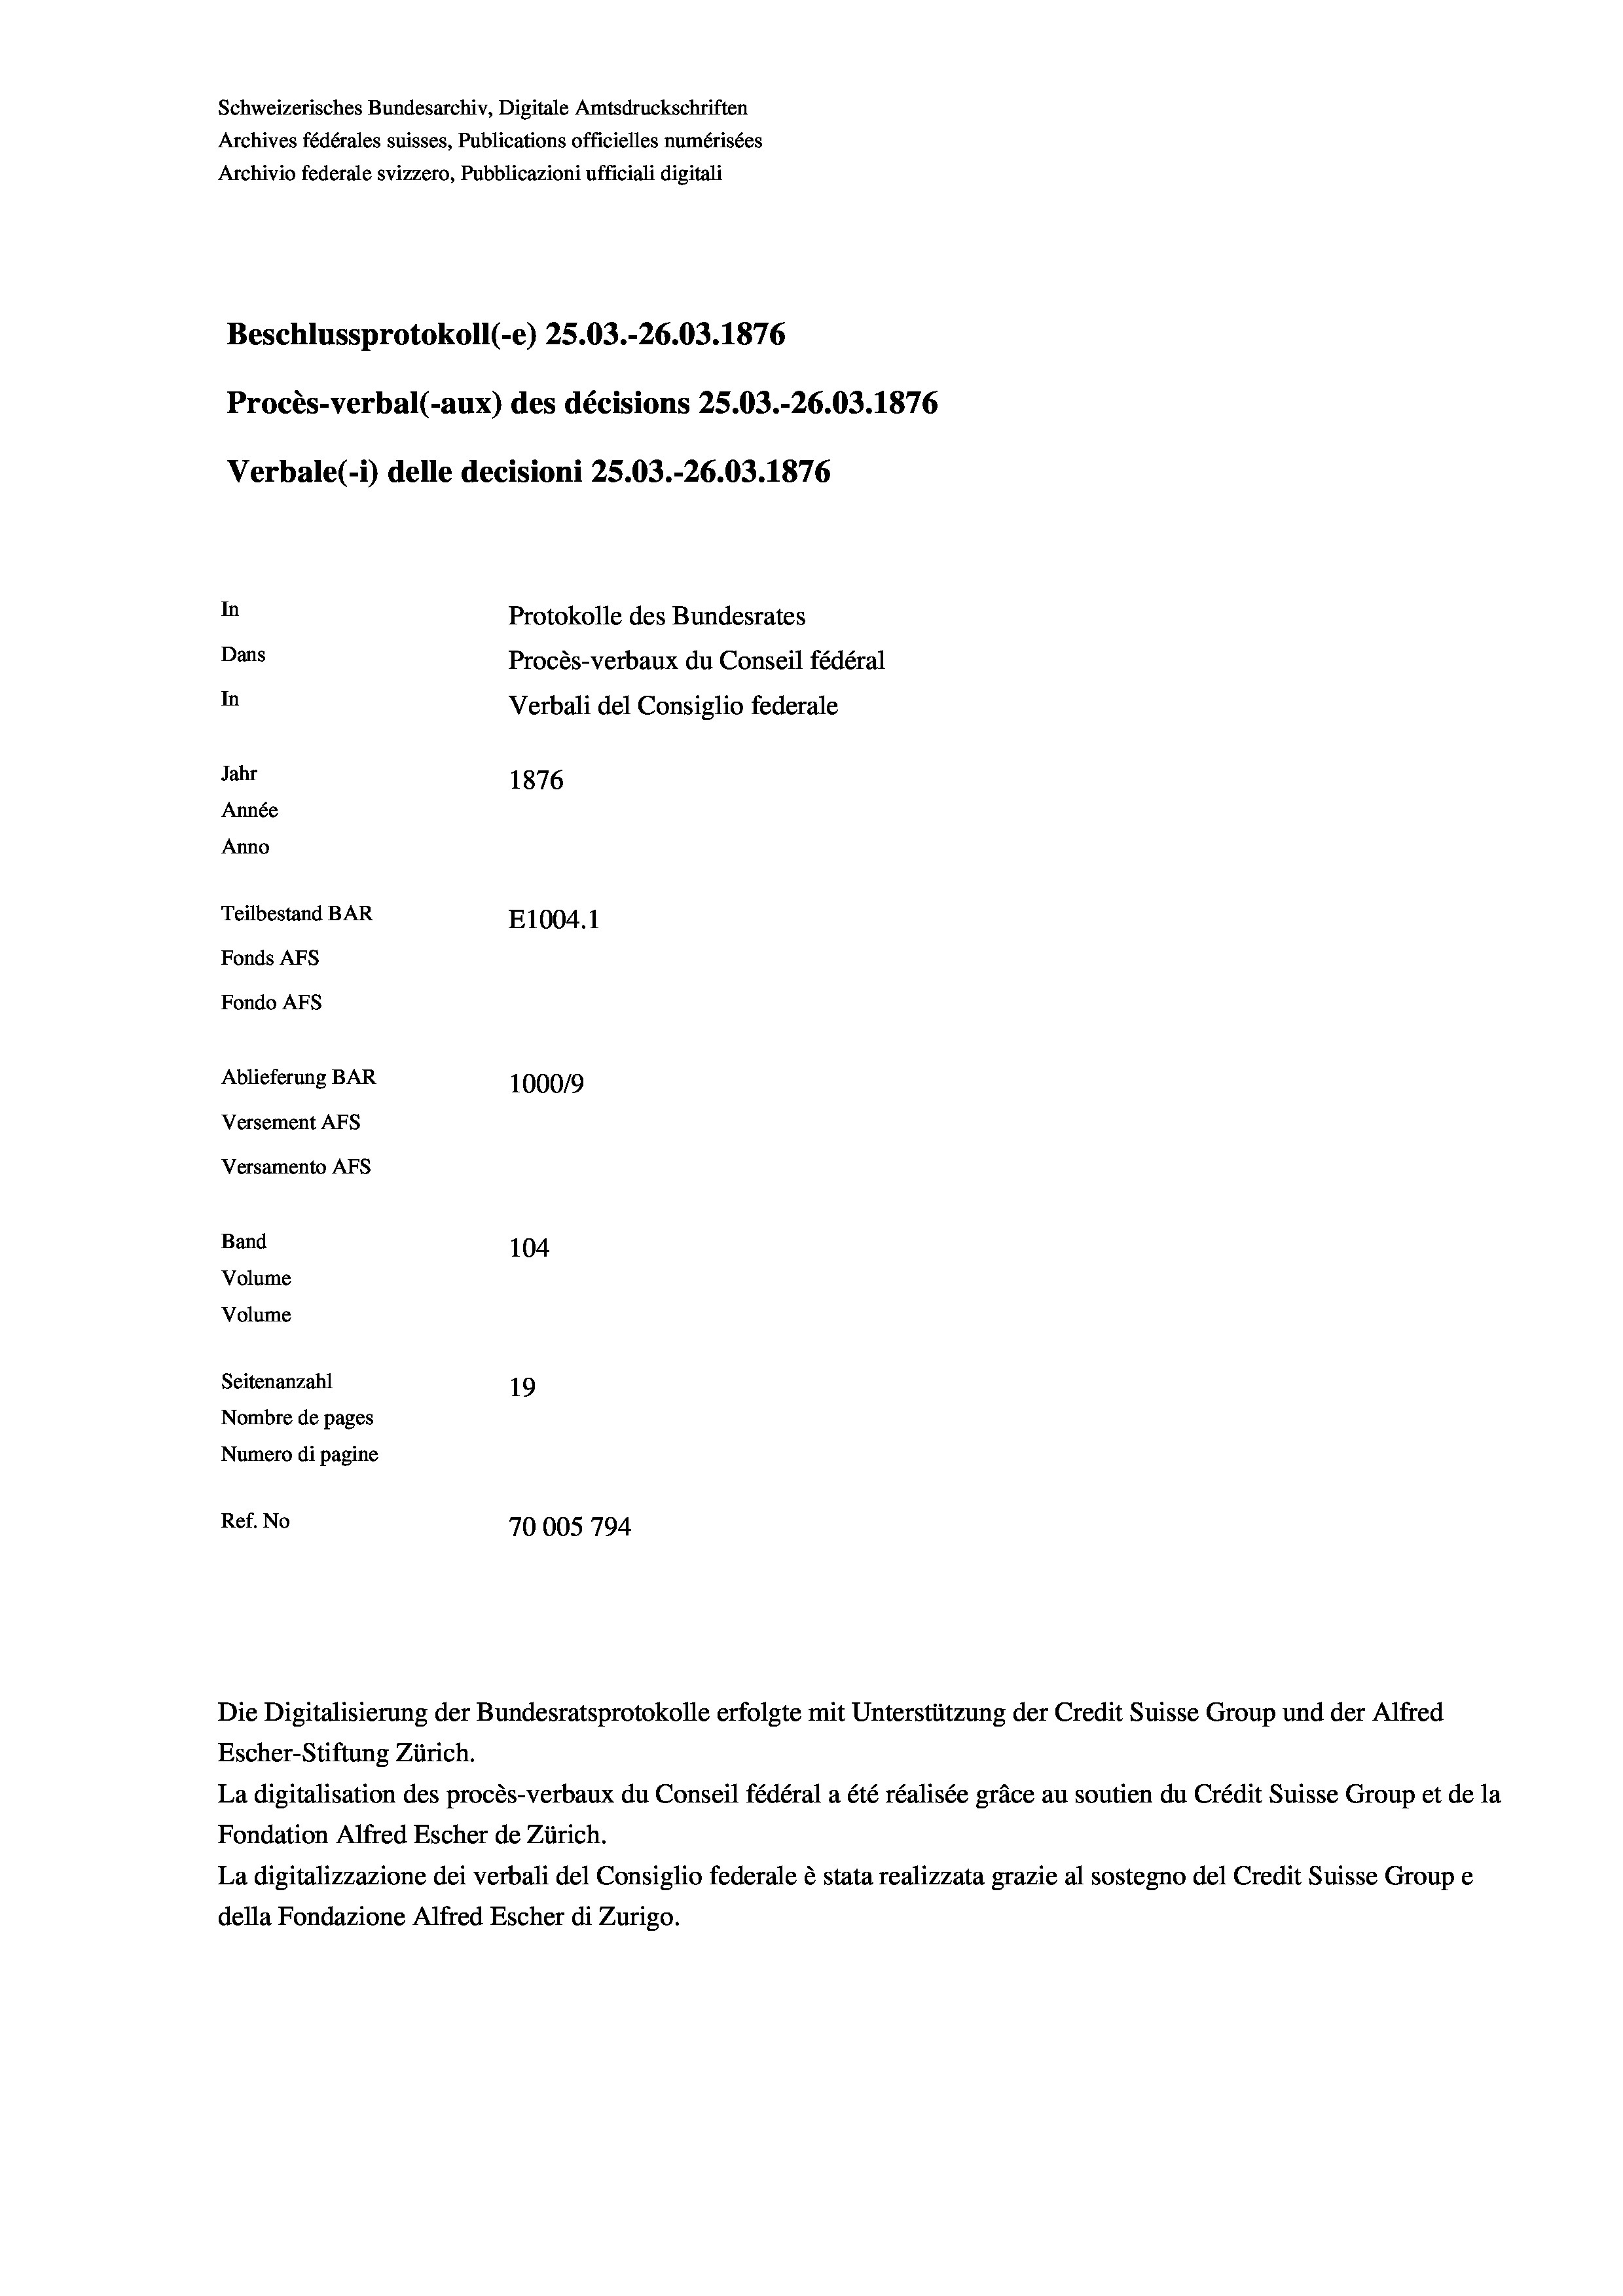
Schweizerisches Bundesarchiv, Digitale Amtsdruckschriften
Archives fédérales suisses, Publications officielles numérisées
Archivio federale svizzero, Pubblicazioni ufficiali digitali
Beschlussprotokoll (e) 25.03.-26.03. 1876
Procès-verbal (-aux) des décisions 25.03.-26.03. 1876
Verbale (i) delle decisioni 25.03.-26.03. 1876
In
Protokolle des Bundesrates
Dans
Procès-verbaux du Conseil fédéral
In
Verbali del Consiglio federale
Jahr
1876
Année
Anno
Teilbestand BAR
E1004.1
Fonds AFs
Fondo Afs
Ablieferung BAR
100019
Versement AFs
Versamento Afs
Band
104
Volume
Volume

Seitenanzahl
19
Nombre de pages
Numero di pagine
Ref. No
70005 794

Die Digitalisierung der Bundesratsprotokolle erfolgte mit Unterstützung der Credit Suisse Group und der Alfred

Escher-Stiftung Zürich.
La digitalisation des procès-verbaux du Conseil fédéral a été réalisée gräce au soutien du Crédit Suisse Group et de la
Fondation Alfred Escher de Zürich.
La digitalizzazione dei verbali del Consiglio federale è stata realizzata grazie al sostegno del Credit Suisse Groupe
della Fondazione Alfred Escher di Zurigo.